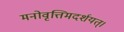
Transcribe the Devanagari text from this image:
मनोवृत्तिमदर्शयत्।